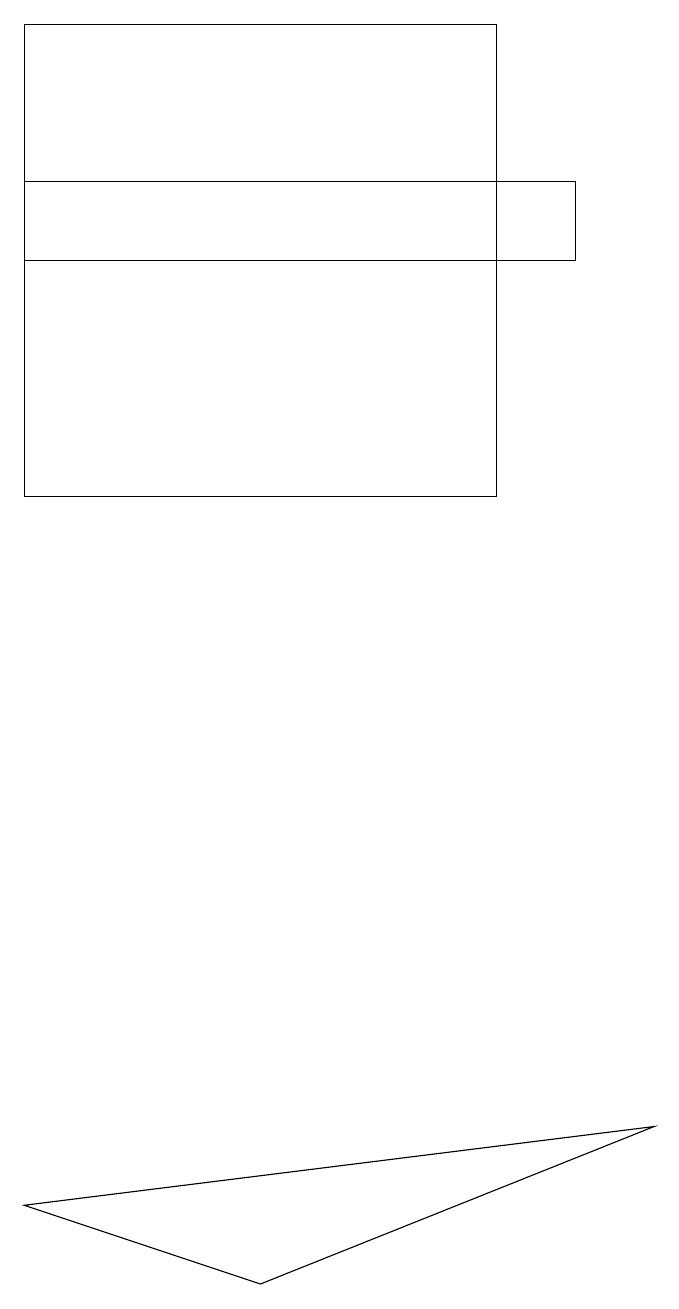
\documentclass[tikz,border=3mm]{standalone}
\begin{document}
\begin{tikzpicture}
\draw (9,4) -- (1,3) -- (4,2) -- cycle;
\draw (1,16) rectangle (8,15);
\draw (1,12) rectangle (7,18);
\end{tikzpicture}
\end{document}